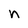
Character: n